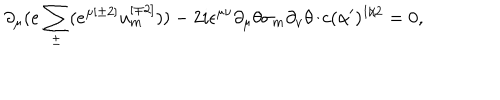
\partial _ { \mu } ( e \sum _ { \pm } ^ { } ( e ^ { \mu { [ \pm 2 ] } } u _ { { m } } ^ { { [ \mp 2 ] } } ) ) - 2 i \epsilon ^ { \mu \nu } \partial _ { \mu } \theta \sigma _ { { m } } \partial _ { \nu } \theta / c ( \alpha ^ { \prime } ) ^ { { 1 / 2 } } = 0 ,